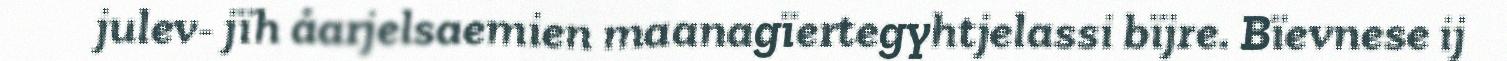
julev- jïh åarjelsaemien maanagïertegyhtjelassi bïjre. Bïevnese ij